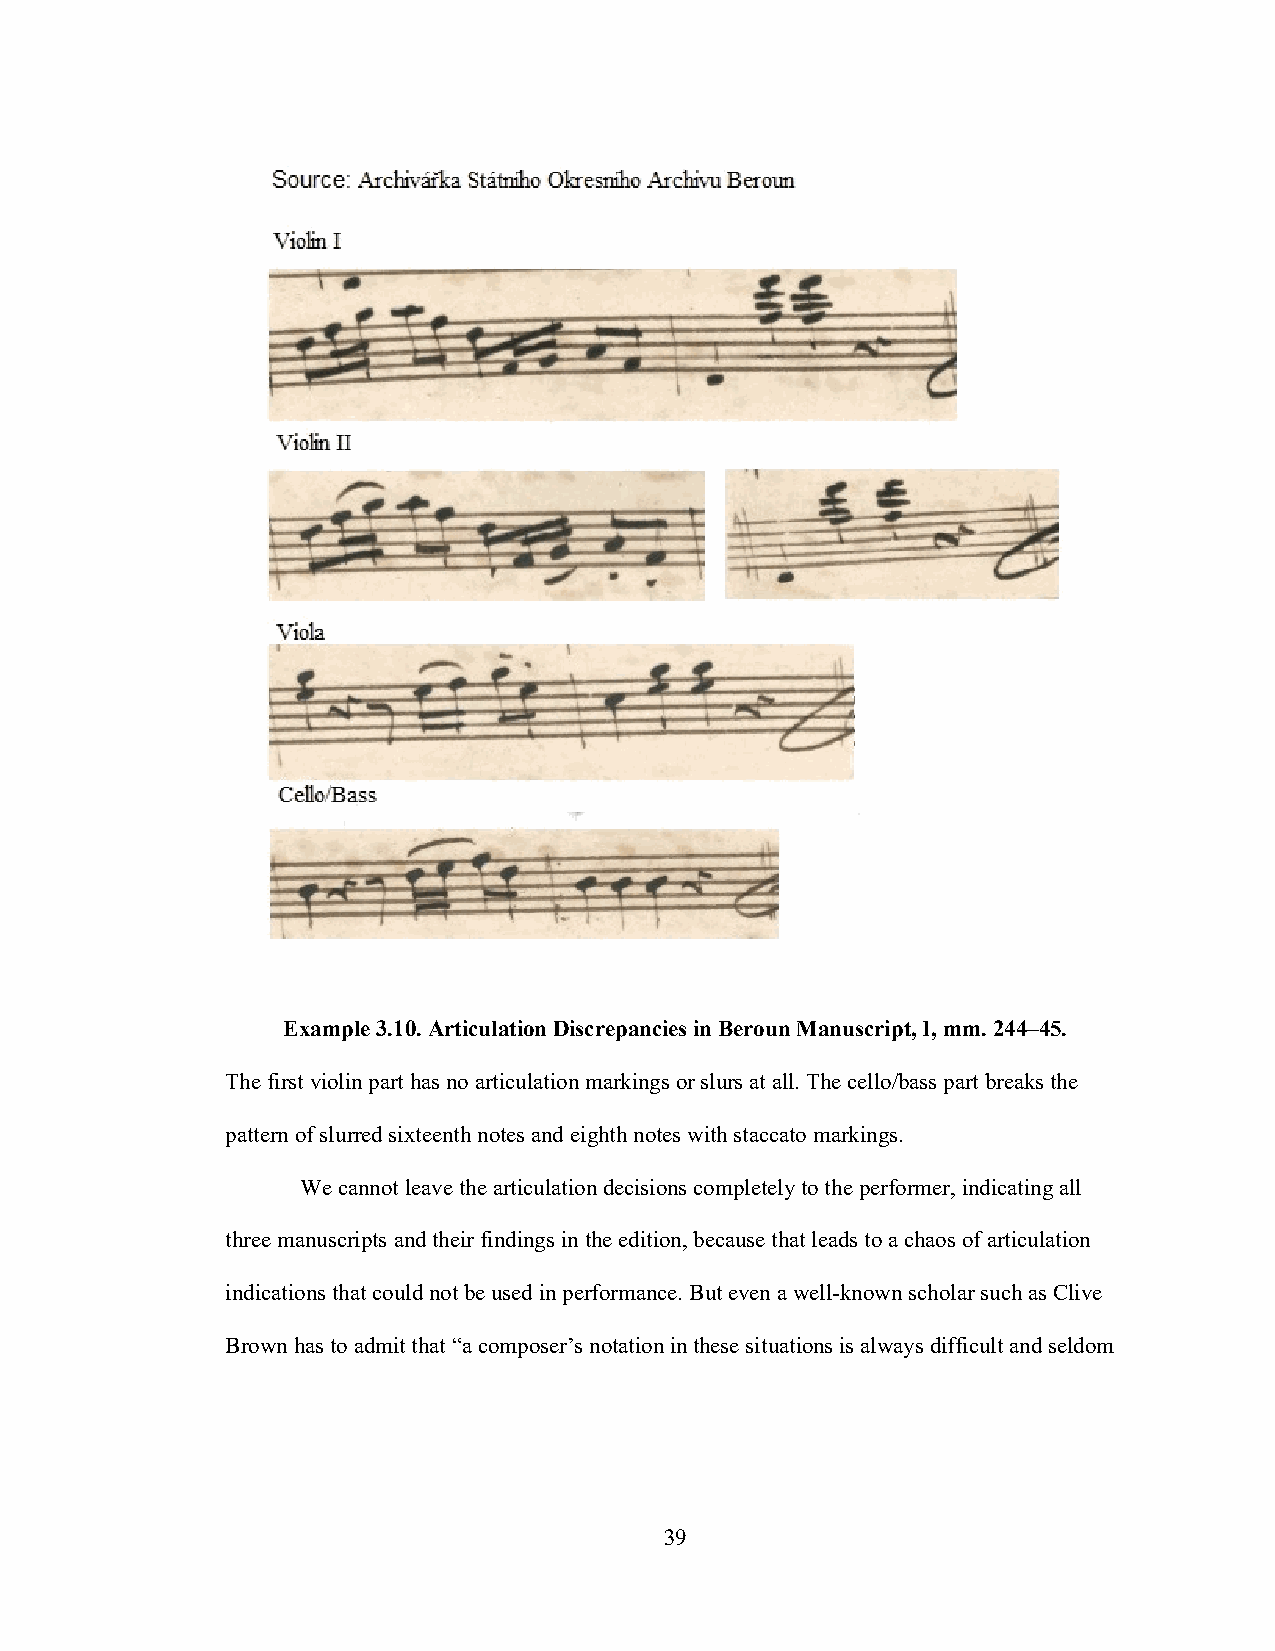
Example 3.10. Articulation Discrepancies in Beroun Manuscript, I, mm. 244–45.
 The first violin part has no articulation markings or slurs at all. The cello/bass part breaks the
 pattern of slurred sixteenth notes and eighth notes with staccato markings.
 We cannot leave the articulation decisions completely to the performer, indicating all
 three manuscripts and their findings in the edition, because that leads to a chaos of articulation
 indications that could not be used in performance. But even a well-known scholar such as Clive
 Brown has to admit that “a composer’s notation in these situations is always difficult and seldom
 39